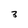
Character: 3